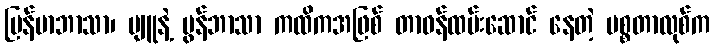
မြန်မာဘာသာ၊ ပျူနဲ့ မွန်ဘာသာ ကထိကအဖြစ် တာဝန်ထမ်းဆောင် နေတဲ့ မစ္စတာလုစ်က